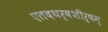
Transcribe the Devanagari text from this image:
एतदथर्वशीर्षम्‌